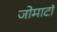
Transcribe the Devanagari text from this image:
जोमाटॉ